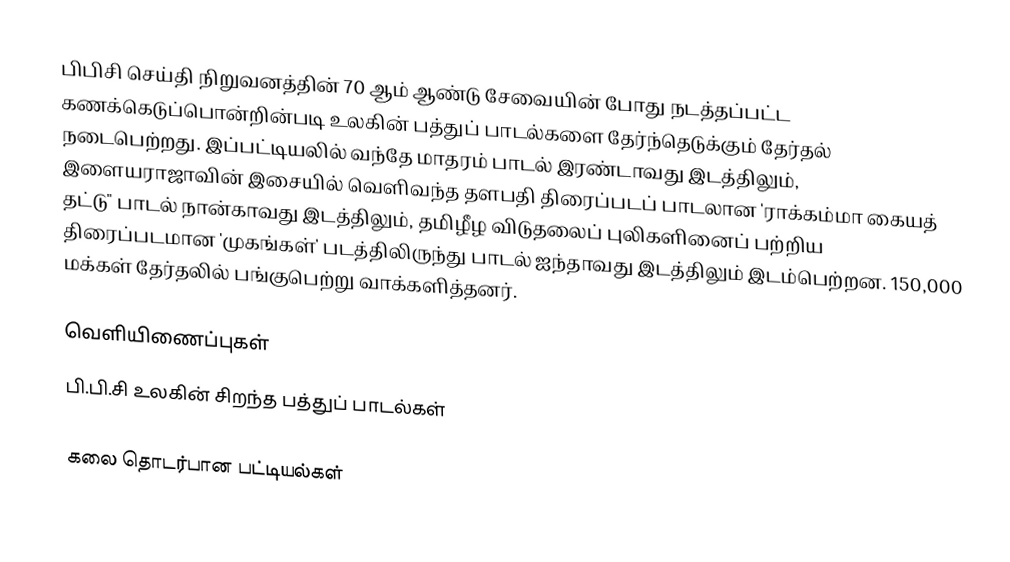
பிபிசி செய்தி நிறுவனத்தின் 70 ஆம் ஆண்டு சேவையின் போது நடத்தப்பட்ட கணக்கெடுப்பொன்றின்படி உலகின் பத்துப் பாடல்களை தேர்ந்தெடுக்கும் தேர்தல் நடைபெற்றது. இப்பட்டியலில் வந்தே மாதரம் பாடல் இரண்டாவது இடத்திலும், இளையராஜாவின் இசையில் வெளிவந்த  தளபதி திரைப்படப் பாடலான 'ராக்கம்மா கையத் தட்டு" பாடல் நான்காவது இடத்திலும், தமிழீழ விடுதலைப் புலிகளினைப் பற்றிய திரைப்படமான 'முகங்கள்' படத்திலிருந்து பாடல் ஐந்தாவது இடத்திலும் இடம்பெற்றன. 150,000 மக்கள் தேர்தலில் பங்குபெற்று வாக்களித்தனர்.

வெளியிணைப்புகள்
பி.பி.சி உலகின் சிறந்த பத்துப் பாடல்கள்

கலை தொடர்பான பட்டியல்கள்